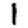
Digit: 1